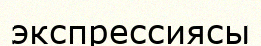
экспрессиясы